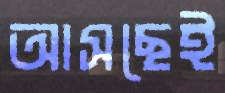
আসছেই